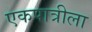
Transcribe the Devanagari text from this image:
एकपात्रीला